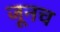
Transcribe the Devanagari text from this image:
जूनच